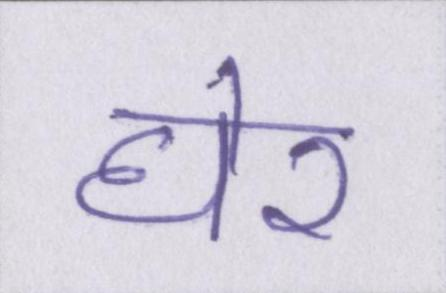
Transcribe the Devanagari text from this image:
घेर